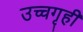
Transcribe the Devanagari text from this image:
उच्चगृही